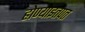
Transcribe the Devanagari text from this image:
होण्याइतपत